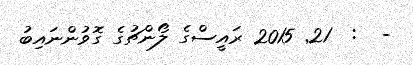
-  :  21